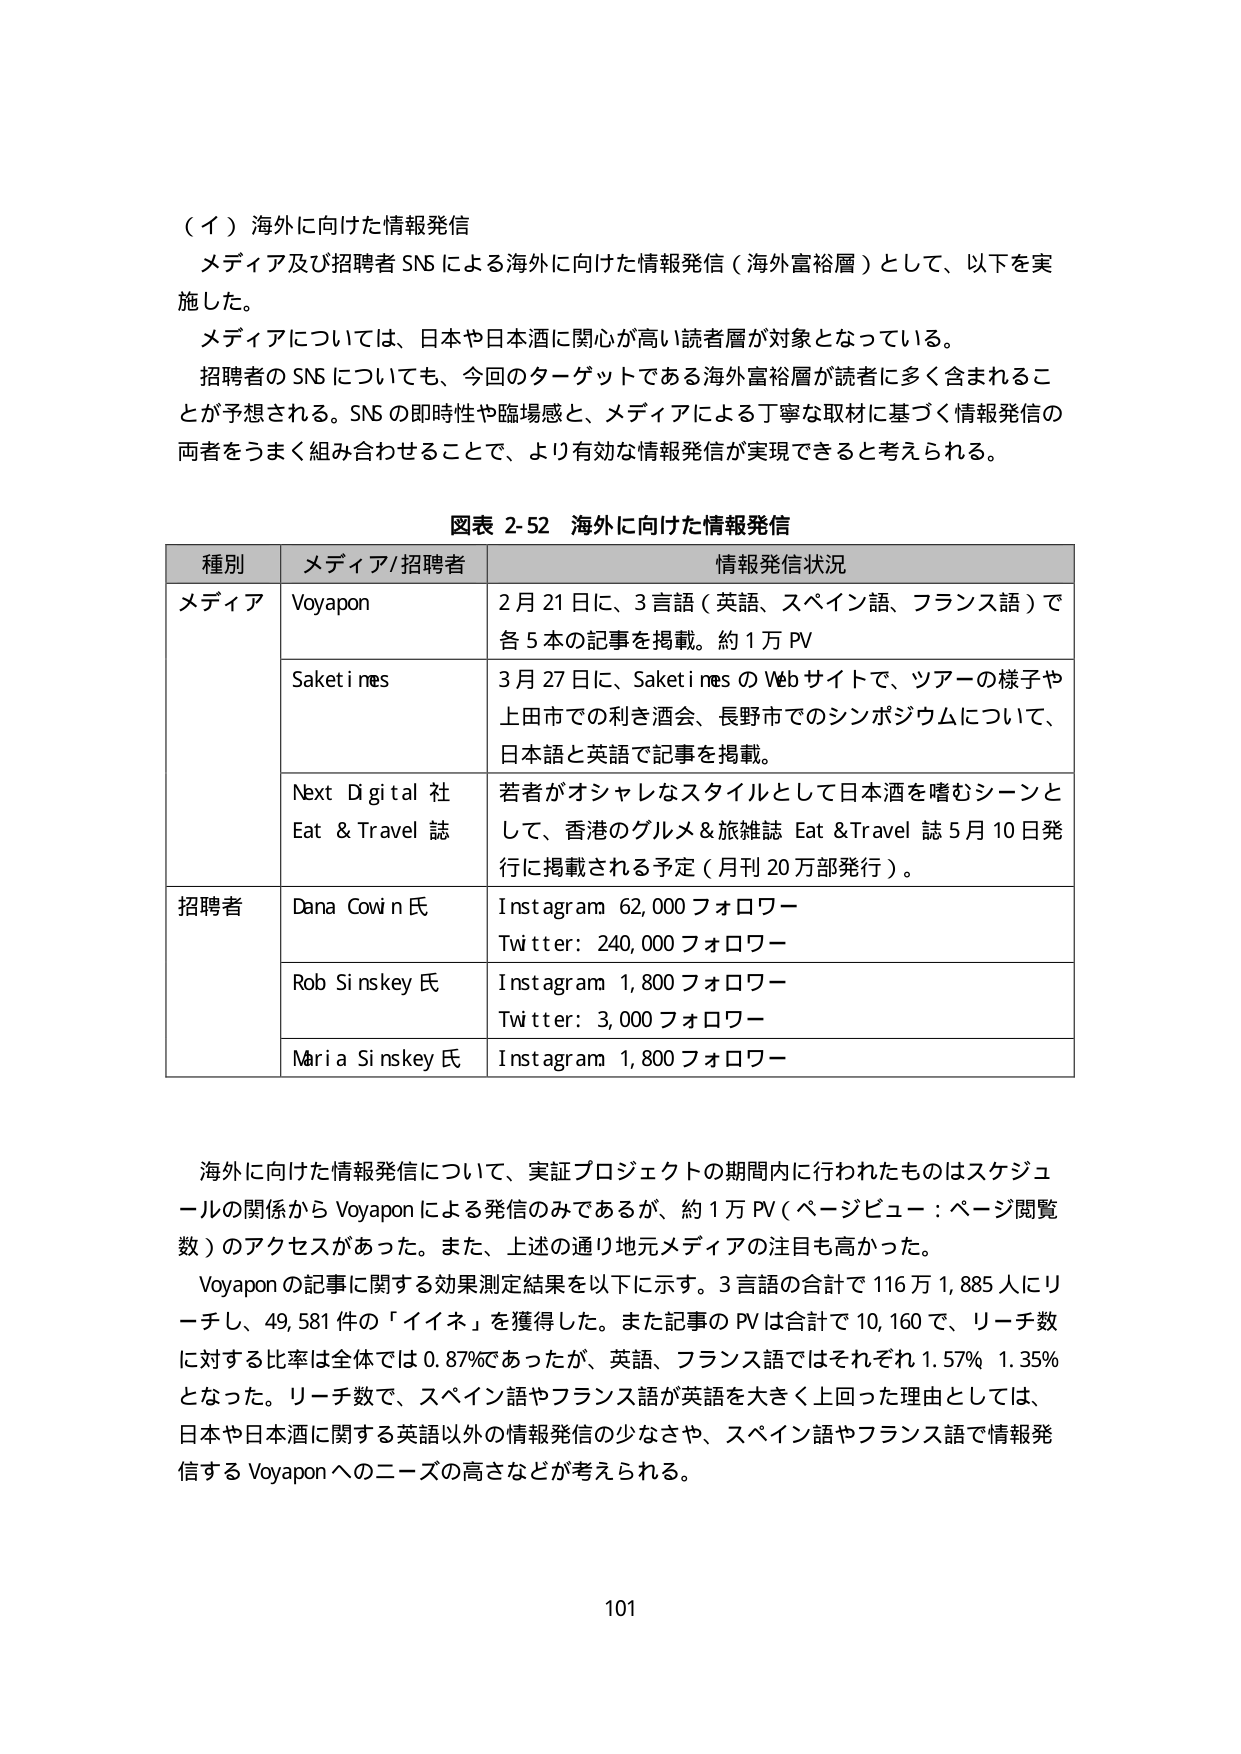
（イ）海外に向けた情報発信
メディア及び招聘者 SNS による海外に向けた情報発信（海外富裕層）として、以下を実施した。
メディアについては、日本や日本酒に関心が高い読者層が対象となっている。
招聘者の SNS についても、今回のターゲットである海外富裕層が読者に多く含まれることが予想される。SNS の即時性や臨場感と、メディアによる丁寧な取材に基づく情報発信の両者をうまく組み合わせることで、より有効な情報発信が実現できると考えられる。

図表 2-52 海外に向けた情報発信

| 種別 | メディア/招聘者 | 情報発信状況 |
|------|----------------|--------------|
| メディア | Voyapon | 2月21日に、3言語（英語、スペイン語、フランス語）で各5本の記事を掲載。約1万PV |
| | Saketinnes | 3月27日に、SaketinnesのWebサイトで、ツアーの様子や上田市での利き酒会、長野市でのシンポジウムについて、日本語と英語で記事を掲載。 |
| | Next Digital社 Eat & Travel 誌 | 若者がオシャレなスタイルとして日本酒を嗜むシーンとして、香港のグルメ＆旅雑誌 Eat & Travel 誌5月10日発行に掲載される予定（月刊20万部発行）。 |
| 招聘者 | Dana Cowin 氏 | Instagram 62,000フォロワー<br>Twitter: 240,000フォロワー |
| | Rob Sinskey 氏 | Instagram 1,800フォロワー<br>Twitter: 3,000フォロワー |
| | Maria Sinskey 氏 | Instagram 1,800フォロワー |

海外に向けた情報発信について、実証プロジェクトの期間内に行われたものはスケジュールの関係からVoyaponによる発信のみであるが、約1万PV（ページビュー：ページ閲覧数）のアクセスがあった。また、上述の通り地元メディアの注目も高かった。
Voyaponの記事に関する効果測定結果を以下に示す。3言語の合計で116万1,885人にリーチし、49,581件の「イイネ」を獲得した。また記事のPVは合計で10,160で、リーチ数に対する比率は全体では0.87%であったが、英語、フランス語ではそれぞれ1.57%、1.35%となった。リーチ数で、スペイン語やフランス語が英語を大きく上回った理由としては、日本や日本酒に関する英語以外の情報発信の少なさや、スペイン語やフランス語で情報発信するVoyaponへのニーズの高さなどが考えられる。

101